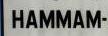
hammam